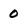
Character: 0